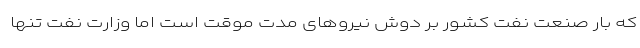
که بار صنعت نفت کشور بر دوش نیروهای مدت موقت است اما وزارت نفت تنها